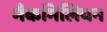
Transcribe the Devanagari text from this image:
मैकमिलियन